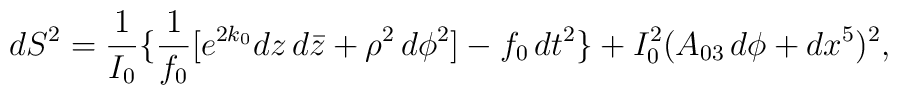
dS^2={1\over I_0}\{{1\over f_0}[e^{2k_0}dz\,d{\bar z}+\rho^2\,d\phi^2]-f_0\,dt^2\}+I_0^2(A_{03}\,d\phi+dx^5)^2,